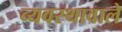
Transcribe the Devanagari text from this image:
व्यवस्थावाले